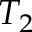
T _ { 2 }